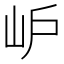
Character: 𡵘